Vaccination in the Punjab 1897-1904 - 1897-1904
Year: 1897
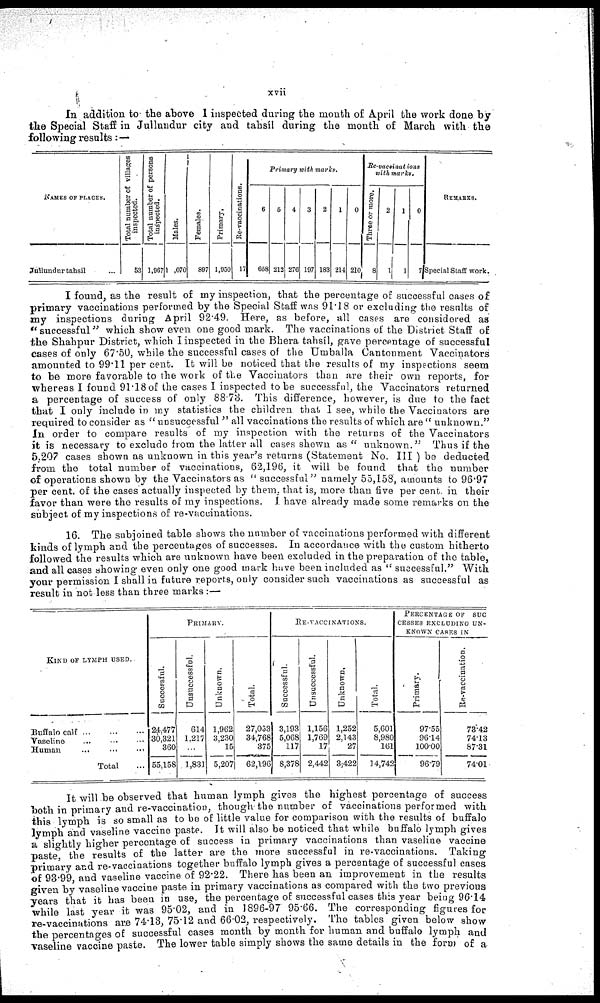
xvii
In addition to the above I inspected during the month of April the work done by
the Special Staff in Jullundur city and tahsíl during the month of March with the
following results :—
NAMES OF PLACES.
Julhundur tahsíl ...
Total number of villages
inspected.
53
Total number of persons
inspected.
1,967
Males.
1 ,070
Females.
897
Primary.
1,930
Re-vaccinations.
17
Primary with marks.
6
658
5
212
4
270
3
197
2
183
1
214
0
210
Re-vaccinations
with marks.
Three or more.
8
2
1
1
1
0
7
REMARKS.
Special Staff work.
I found, as the result of my inspection, that the percentage of successful cases of
primary vaccinations performed by the Special Staff was 91.18 or excluding the results of
my inspections during April 92.49. Here, as before, all cases are considered as
"successful" which show even one good mark. The vaccinations of the District Staff of
the Shahpur District, which I inspected in the Bhera tahsíl, gave percentage of successful
cases of only 67.50, while the successful cases of the Umballa Cantonment Vaccinators
amounted to 99.11 per cent. It will be noticed that the results of my inspections seem
to be more favorable to the work of the Vaccinators than are their own reports, for
whereas I found 91.18 of the cases I inspected to be successful, the Vaccinators returned
a percentage of success of only 88.73. This difference, however, is due to the fact
that I only include in my statistics the children that I see, while the Vaccinators are
required to consider as " unsuccessful " all vaccinations the results of which are " unknown."
In order to compare results of my inspection with the returns of the Vaccinators
it is necessary to exclude from the latter all cases shewn as" unknown." Thus if the
5,207 cases shown as unknown in this year's returns (Statement No. III ) be deducted
from the total number of vaccinations, 62,196, it will be found that the number
of operations shown by the Vaccinators as " successful" namely 55,158, amounts to 96.97
per cent. of the cases actually inspected by them. that is, more than five per cent in their
favor than were the results of my inspections. I have already made some remarks on the
subject of my inspections of re-vaccinations.
16. The subjoined table shows the number of vaccinations performed with different
kinds of lymph and the percentages of successes. In accordance with the custom hitherto
followed the results which are unknown have been excluded in the preparation of the table,
and all cases showing even only one good mark have been included as " successful." With
your permission I shall in future reports, only consider such vaccinations as successful as
result in not less than three marks :—
KIND OF LYMPH USED
Buffalo calf
...
...
Vaseline ... ... ...
Human
...
...
...
Total ...
PRIMARY
Successful.
24,477
30,321
360
55,158
Unsuccessful.
614
1,217
1,831
Unknown.
1,962
3,230
15
5,207
Total
27,053
34,768
375
62,196
RE-VACCINATIONS.
Successful
3,193
5,068
117
8,378
Unsuccessful.
1,156
1,769
17
2,442
Unknown.
1,252
2,143
27
3,422
Total.
5,601
8,980
161
14,742
PERCENTAGE OF SUC
CESSES EXCLUDING UN-
KNOWN CASES IN
Primary.
97.55
96.14
100.00
96.73
Re-vaccination.
73.42
74.13
87.31
74.01
It will be observed that human lymph gives the highest percentage of success
both in primary and re-vaccination, though the number of vaccinations performed with
this lymph is so small as to be of little value for comparison with the results of buffalo
lymph and vaseline vaccine paste. It will also be noticed that while buffalo lymph gives
a slightly higher percentage of success in primary vaccinations than vaseline vaccine
paste the results of the latter are the more successful in re-vaccinations. Taking
primary and re-vaccinations together buffalo lymph gives a percentage of successful cases
of 93.99 and vaseline vaccine of 92.22. There has been an improvement in the results
given by vaseline vaccine paste in primary vaccinations as compared with the two previous
years that it has been in use, the percentage of successful cases this year being 96.14
while last year it was 95.02, and in 1896-97 95.66. The corresponding figures for
re-vaccinations are 74.13, 75.12 and 66.02, respectively. The tables given below show
the percentages of successful cases month by month for human and buffalo lymph and
vaseline vaccine paste. The lower table simply shows the same details in the form of a